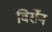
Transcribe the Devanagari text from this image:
विर्सेन